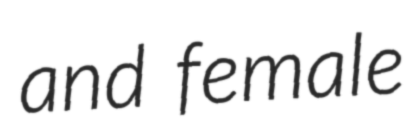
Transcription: and female